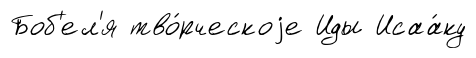
Боб'ел'я тво́рческоjе Иды Исаа́ку